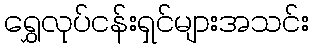
ရွှေလုပ်ငန်းရှင်များအသင်း